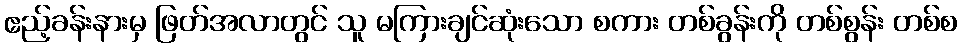
ဧည့်ခန်းနားမှ ဖြတ်အလာတွင် သူ မကြားချင်ဆုံးသော စကား တစ်ခွန်းကို တစ်စွန်း တစ်စ